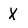
Character: X